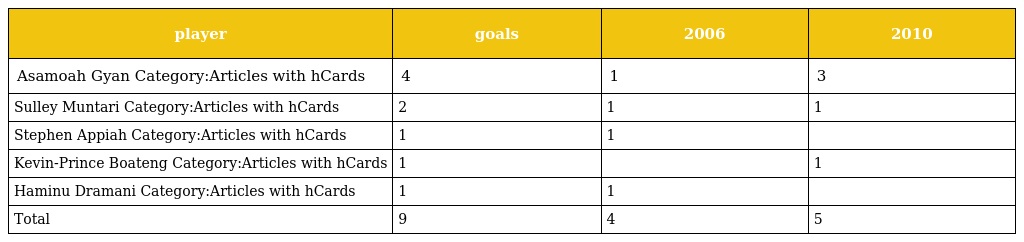
| player | goals | 2006 | 2010 |
 | --- | --- | --- | --- |
 | Asamoah Gyan Category:Articles with hCards | 4 | 1 | 3 |
 | Sulley Muntari Category:Articles with hCards | 2 | 1 | 1 |
 | Stephen Appiah Category:Articles with hCards | 1 | 1 |  |
 | Kevin-Prince Boateng Category:Articles with hCards | 1 |  | 1 |
 | Haminu Dramani Category:Articles with hCards | 1 | 1 |  |
 | Total | 9 | 4 | 5 |